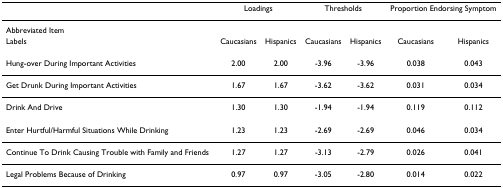
<table><thead><tr><td></td><td colspan="2"><b>Loadings</b></td><td colspan="2"><b>Thresholds</b></td><td colspan="2"><b>Proportion Endorsing Symptom</b></td></tr></thead><tbody><tr><td>Abbreviated Item</td><td></td><td></td><td></td><td></td><td></td><td></td></tr><tr><td>Labels</td><td>Caucasians</td><td>Hispanics</td><td>Caucasians</td><td>Hispanics</td><td>Caucasians</td><td>Hispanics</td></tr><tr><td>Hung-over During Important Activities</td><td>2.00</td><td>2.00</td><td>-3.96</td><td>-3.96</td><td>0.038</td><td>0.043</td></tr><tr><td>Get Drunk During Important Activities</td><td>1.67</td><td>1.67</td><td>-3.62</td><td>-3.62</td><td>0.031</td><td>0.034</td></tr><tr><td>Drink And Drive</td><td>1.30</td><td>1.30</td><td>-1.94</td><td>-1.94</td><td>0.119</td><td>0.112</td></tr><tr><td>Enter Hurtful/Harmful Situations While Drinking</td><td>1.23</td><td>1.23</td><td>-2.69</td><td>-2.69</td><td>0.046</td><td>0.034</td></tr><tr><td>Continue To Drink Causing Trouble with Family and Friends</td><td>1.27</td><td>1.27</td><td>-3.13</td><td>-2.79</td><td>0.026</td><td>0.041</td></tr><tr><td>Legal Problems Because of Drinking</td><td>0.97</td><td>0.97</td><td>-3.05</td><td>-2.80</td><td>0.014</td><td>0.022</td></tr></tbody></table>